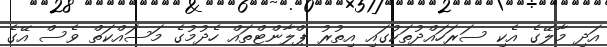
އަދި މާލޭގެ އެކި ސަރަހައްދުތަކުގައި އިތުރު ޕްލާންޓްތައް ހެދުމުގެ މަސައްކަތް ވެސް އޭގެ